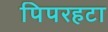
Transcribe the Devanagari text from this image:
पिपरहटा